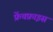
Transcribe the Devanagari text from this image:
फ्रेंचफ्राइस